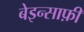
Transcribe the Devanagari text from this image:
बेइन्साफ़ी